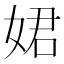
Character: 𡝗